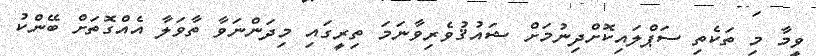
ވީމާ މި ތަކެތި ސަޕްލައިކޮށްދިނުމަށް ޝައުޤުވެރިވާނަމަ ތިރީގައި މިދަންނަވާ ތާވަލާ އެއްގޮތަށް ބޭންކު